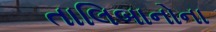
તાલિબાનોના